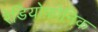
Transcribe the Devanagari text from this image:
रेडियोफ़ोनिक